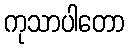
ကုသာပါတော